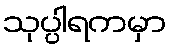
သုပ္ပါရကမှာ